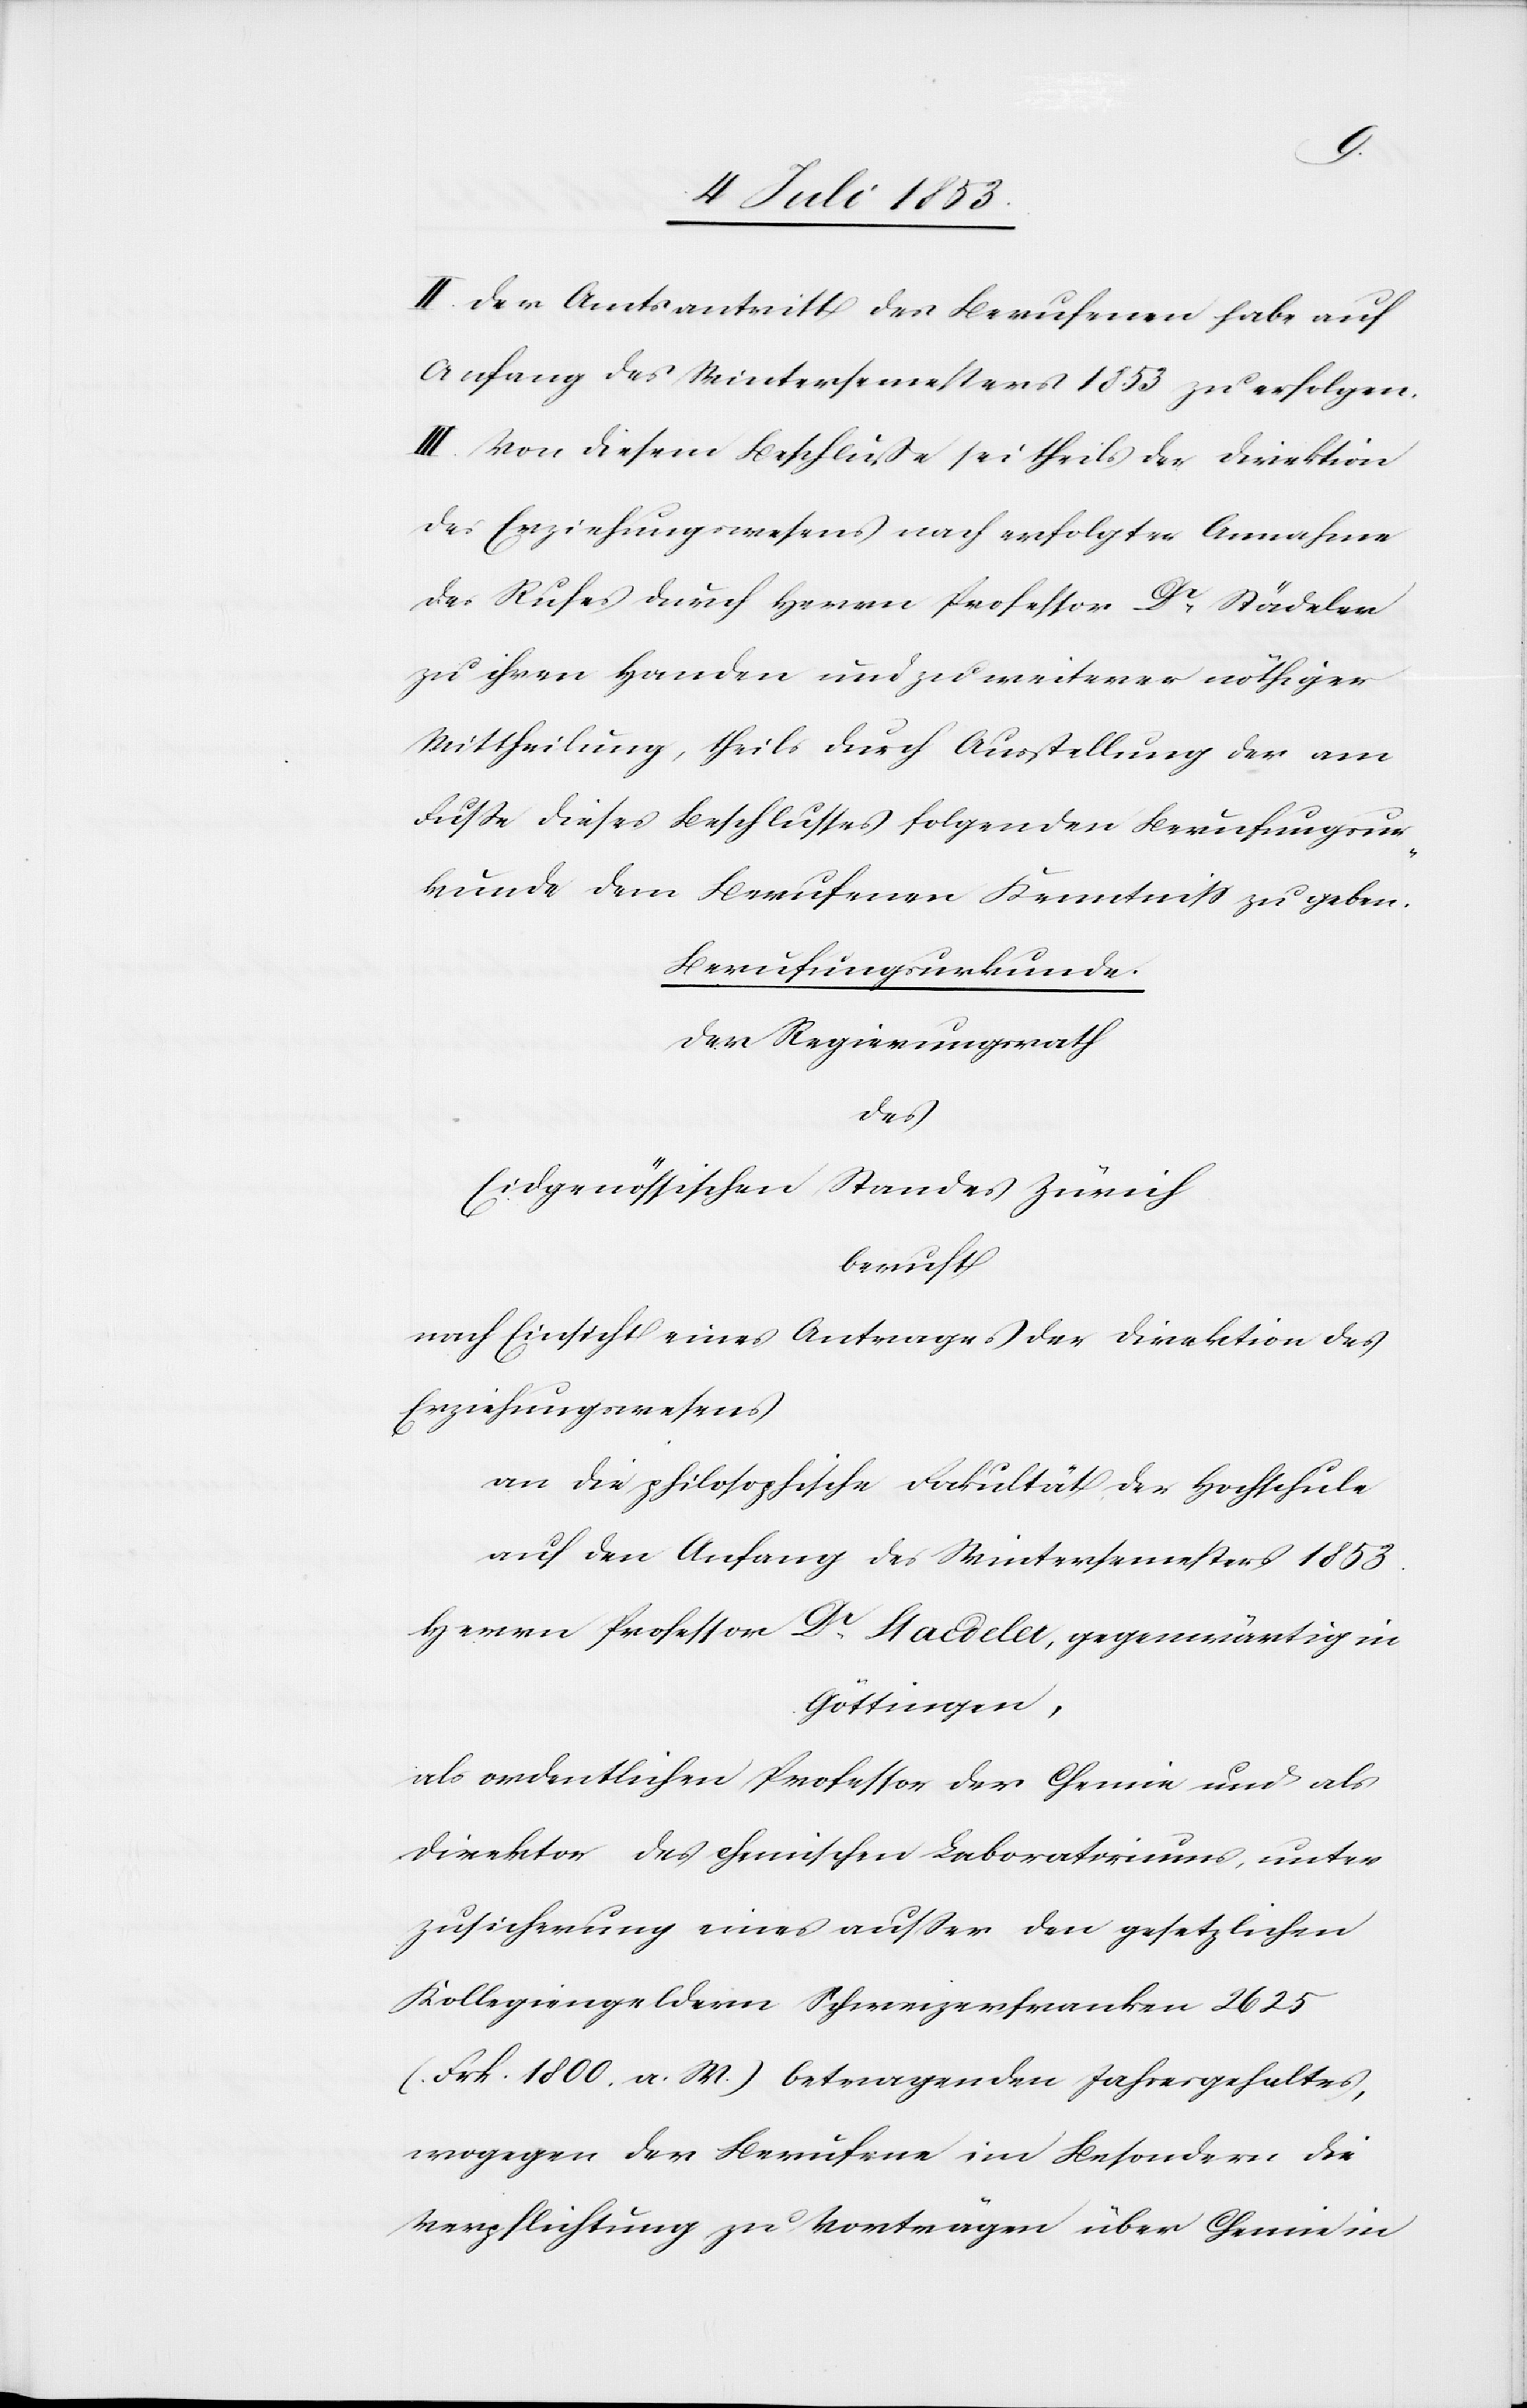
II. Der Amtsantritt des Berufenen habe auf
Anfang des Wintersemesters 1853 zu erfolgen.
III. Von diesem Beschluße sei theils der Direktion
des Erziehungswesens nach erfolgter Annahme
des Rufes durch Herrn Professor Dr Städeler
zu ihren Handen und zu weiterer nöthiger
Mittheilung, theils durch Ausstellung der am
Fusse dieses Beschlusses folgenden Berufungsur¬
kunde dem Berufenen Kenntniß zu geben.
Berufungsurkunde.
Der Regierungsrath
des
Eidgenössischen Standes Zürich
beruft
nach Einsicht eines Antrages der Direktion des
Erziehungswesens
an die philosophische Fakultät der Hochschule
auf den Anfang des Wintersemesters 1853
Herrn Professor Dr Staedeler, gegenwärtig in
Göttingen,
als ordentlichen Professor der Chemie und als
Direktor des chemischen Laboratoriums, unter
Zusicherung eines ausser den gesetzlichen
Kollegiengeldern Schweizerfranken 2625
(Frk. 1800 a. W.) betragenden Jahresgehaltes,
wogegen der Berufene im Besondern die
Verpflichtung zu Vorträgen über Chemie in